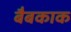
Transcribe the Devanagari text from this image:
बैबकाक